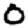
Digit: 0